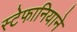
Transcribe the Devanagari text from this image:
स्टेफानियाने